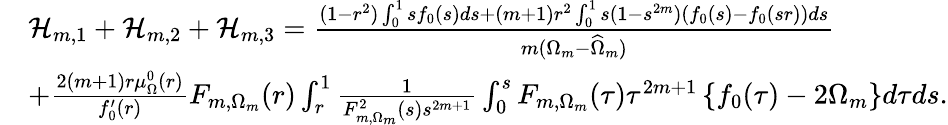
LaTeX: \begin{array}{rl}&{\mathcal{H}_{m,1}+\mathcal{H}_{m,2}+\mathcal{H}_{m,3}=\frac{(1-r^{2})\int_{0}^{1}sf_{0}(s)ds+(m+1)r^{2}\int_{0}^{1}s(1-s^{2m})(f_{0}(s)-f_{0}(sr))ds}{m(\Omega_{m}-\widehat{\Omega}_{m})}}\\ &{+\frac{2(m+1)r\mu_{\Omega}^{0}(r)}{f_{0}^{\prime}(r)}F_{m,\Omega_{m}}(r)\int_{r}^{1}\frac{1}{F_{m,\Omega_{m}}^{2}(s)s^{2m+1}}\int_{0}^{s}F_{m,\Omega_{m}}(\tau)\tau^{2m+1}\left\{ {f_{0}(\tau)}-2\Omega_{m}\right\} d\tau ds.}\end{array}